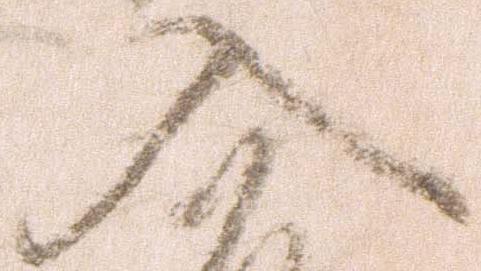
入